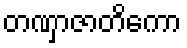
တဏှာဇာတိကော